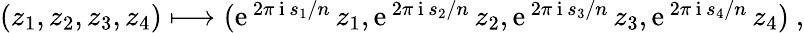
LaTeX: \begin{array}{r}{(z_{1},z_{2},z_{3},z_{4})\longmapsto(\mathrm{e}^{\, 2\pi\, \mathrm{i}\, s_{1}/n}\, z_{1},\mathrm{e}^{\, 2\pi\, \mathrm{i}\, s_{2}/n}\, z_{2},\mathrm{e}^{\, 2\pi\, \mathrm{i}\, s_{3}/n}\, z_{3},\mathrm{e}^{\, 2\pi\, \mathrm{i}\, s_{4}/n}\, z_{4})\ ,}\end{array}